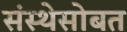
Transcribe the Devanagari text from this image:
संस्थेसोबत